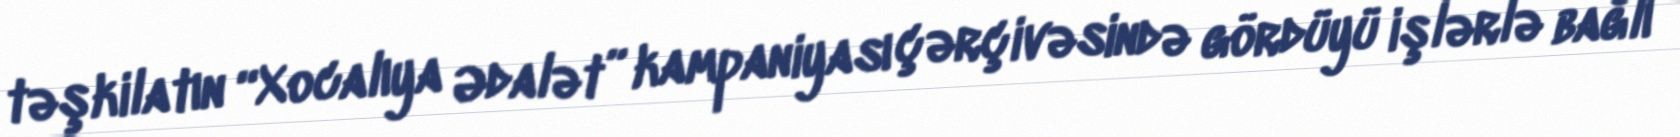
təşkilatın “Xocalıya Ədalət” kampaniyası çərçivəsində gördüyü işlərlə bağlı